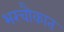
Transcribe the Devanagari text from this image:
भरचौकात